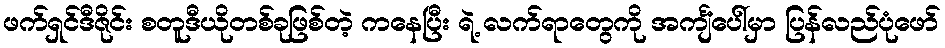
ဖက်ရှင်ဒီဇိုင်း စတူဒီယိုတစ်ခုဖြစ်တဲ့ ကနေပြီး ရဲ့ လက်ရာတွေကို အင်္ကျံပေါ်မှာ ပြန်လည်ပုံဖော်